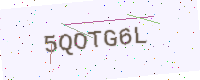
Text: 5QOTG6L